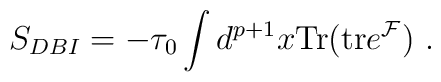
S_{DBI} = -{\tau_0}\int d^{p+1}x {\rm Tr}({\rm tr} e^{{\cal F}}) \ .